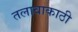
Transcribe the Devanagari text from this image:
तलावाकाठी